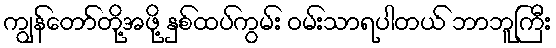
ကျွန်တော်တို့အဖို့ နှစ်ထပ်ကွမ်း ဝမ်းသာရပါတယ် ဘာဘူကြီး